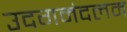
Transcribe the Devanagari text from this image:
उदगमंदलम